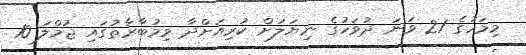
މިމަހުގެ 21 ވަނަ ދުވަހުގެ ނިޔަލަށް ކުރިއަށްދާ މިމުބާރާތުގައި ޖުމްލަ 10